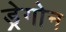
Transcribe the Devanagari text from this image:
ड्रेगोन